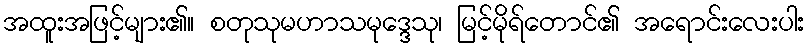
အထူးအဖြင့်များ၏။ စတုသုမဟာသမုဒ္ဒေသု၊ မြင့်မိုရ်တောင်၏ အရောင်းလေးပါး